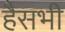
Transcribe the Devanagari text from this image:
हैसभी